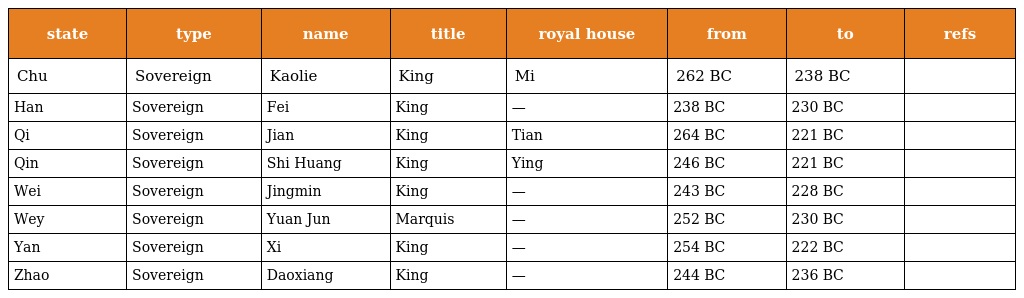
| state | type | name | title | royal house | from | to | refs |
 | --- | --- | --- | --- | --- | --- | --- | --- |
 | Chu | Sovereign | Kaolie | King | Mi | 262 BC | 238 BC |  |
 | Han | Sovereign | Fei | King | — | 238 BC | 230 BC |  |
 | Qi | Sovereign | Jian | King | Tian | 264 BC | 221 BC |  |
 | Qin | Sovereign | Shi Huang | King | Ying | 246 BC | 221 BC |  |
 | Wei | Sovereign | Jingmin | King | — | 243 BC | 228 BC |  |
 | Wey | Sovereign | Yuan Jun | Marquis | — | 252 BC | 230 BC |  |
 | Yan | Sovereign | Xi | King | — | 254 BC | 222 BC |  |
 | Zhao | Sovereign | Daoxiang | King | — | 244 BC | 236 BC |  |